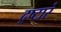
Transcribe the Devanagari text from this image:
द्रष्टारं